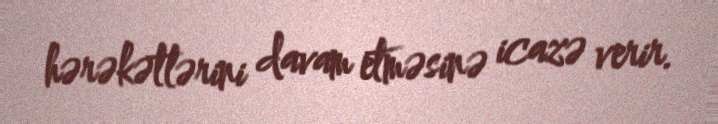
hərəkətlərini davam etməsinə icazə verir.